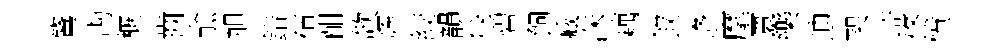
鷟勘概齒兪旭錯祜酣欹辉絞韻飛碧飼臧洙藕叙逄麾寰樂迪架崎佟愤